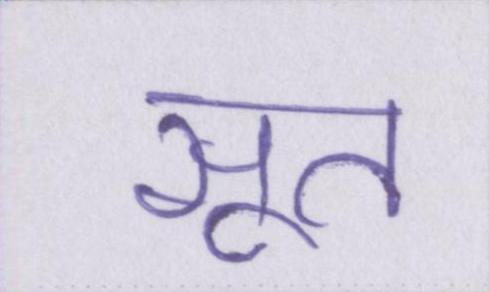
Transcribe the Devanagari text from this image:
सूत